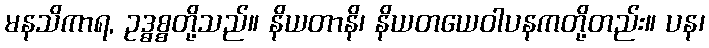
မနသိကာရ, ဥဒ္ဓစ္စတို့သည်။ နိယတာနိ၊ နိယတယေဝါပနကတို့တည်း။ ပန၊